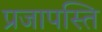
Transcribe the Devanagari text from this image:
प्रजापस्ति